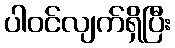
ပါဝင်လျက်ရှိပြီး